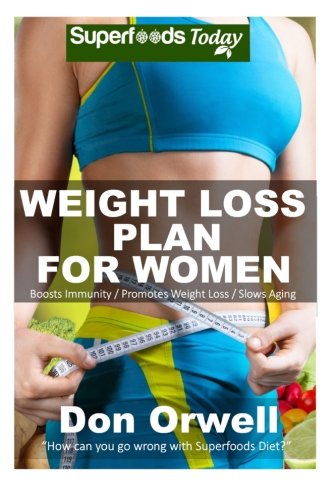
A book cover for Weight Loss Plan For Women: Weight Maintenance Diet, Gluten Free Diet, Wheat Free Diet, Heart Healthy Diet, Whole Foods Diet,Antioxidants & ... - weight loss meal plans) (Volume 73); Don Orwell; Health, Fitness & Dieting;